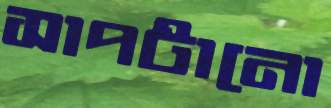
সাপটানো